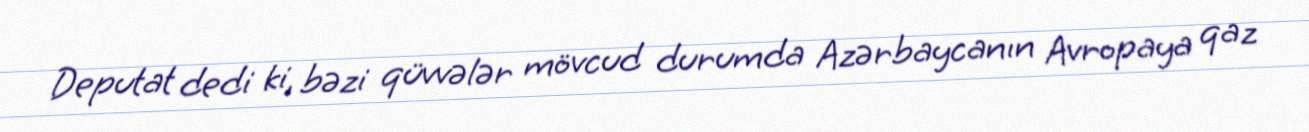
Deputat dedi ki, bəzi qüvvələr mövcud durumda Azərbaycanın Avropaya qaz